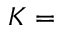
K =